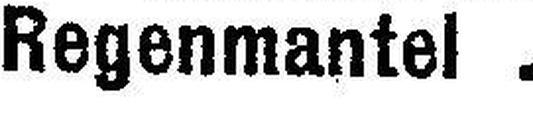
Regenmantel